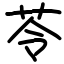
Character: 苓